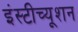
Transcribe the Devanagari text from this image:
इंस्टीच्यूशन